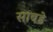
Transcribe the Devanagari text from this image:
साबडे